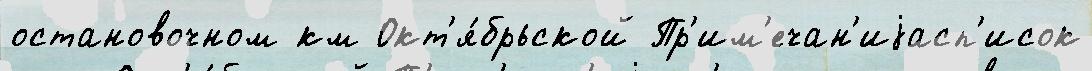
остановочном км Окт'я́брьской Пр'им'ечан'иjасп'исок